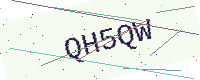
Text: QH5QW